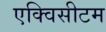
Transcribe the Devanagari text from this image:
एक्विसीटम